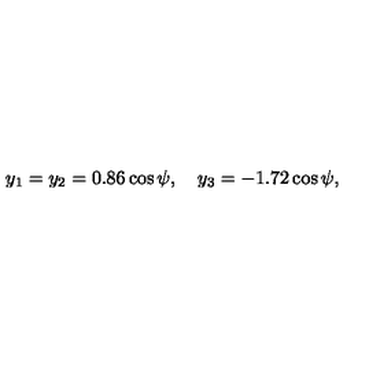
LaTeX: y _ { 1 } = y _ { 2 } = 0 . 8 6 \cos \psi , \quad y _ { 3 } = - 1 . 7 2 \cos \psi ,